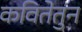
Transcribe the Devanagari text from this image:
कवितेतुन